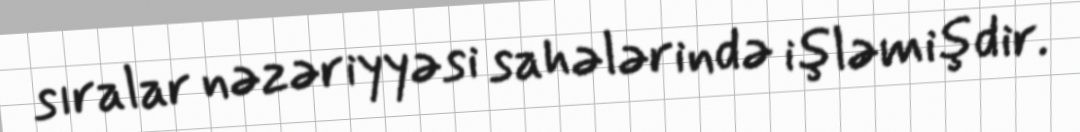
sıralar nəzəriyyəsi sahələrində işləmişdir.